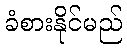
ခံစားနိုင်မည်